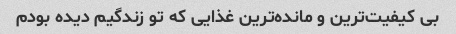
بی کیفیت‌ترین و مانده‌ترین غذایی که تو زندگیم دیده بودم